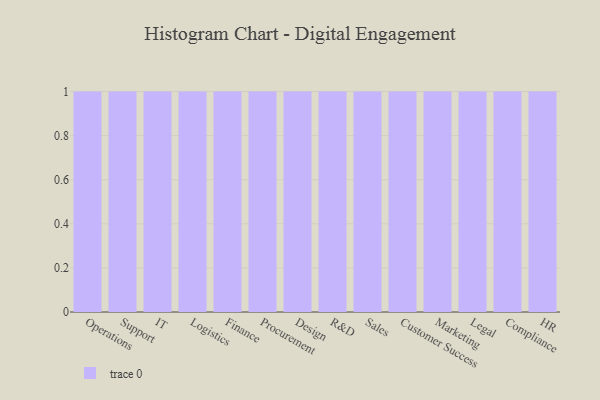
{"axis": {"x": "Department", "y": "Bounce Rate (%)"}, "legend": [""], "data": [{"x": "Operations", "y": 63, "type": ""}, {"x": "Support", "y": 88, "type": ""}, {"x": "IT", "y": 32, "type": ""}, {"x": "Logistics", "y": 48, "type": ""}, {"x": "Finance", "y": 71, "type": ""}, {"x": "Procurement", "y": 90, "type": ""}, {"x": "Design", "y": 90, "type": ""}, {"x": "R&D", "y": 64, "type": ""}, {"x": "Sales", "y": 32, "type": ""}, {"x": "Customer Success", "y": 21, "type": ""}, {"x": "Marketing", "y": 8, "type": ""}, {"x": "Legal", "y": 46, "type": ""}, {"x": "Compliance", "y": 92, "type": ""}, {"x": "HR", "y": 89, "type": ""}]}